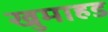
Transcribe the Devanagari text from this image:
खुमाहड